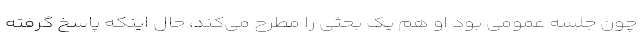
چون جلسه عمومی بود او هم یک بحثی را مطرح می‌کند، حال اینکه پاسخ گرفته